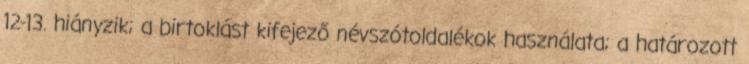
12-13. hiányzik; a birtoklást kifejező névszótoldalékok használata; a határozott